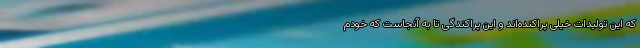
که این تولیدات خیلی پراکنده‌اند و این پراکندگی تا به آنجاست که خودم